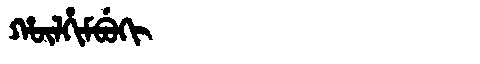
Manchu: ᡥᡡᠯᡥᡳᠮᠪᡠᡴᡳ
Romanization: HŪLHIMBUKI